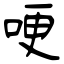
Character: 哽